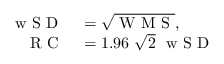
\begin{array} { r l } { \mathrm { ~ w ~ S ~ D ~ } } & { { } = \sqrt { \mathrm { ~ W ~ M ~ S ~ } } , } \\ { \mathrm { ~ R ~ C ~ } } & { { } = 1 . 9 6 ~ \sqrt { 2 } ~ \mathrm { ~ w ~ S ~ D ~ } } \end{array}